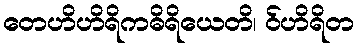
တေဟိဟိရိကဓိရိယေတိ၊ ဝ်ဟိရိတ